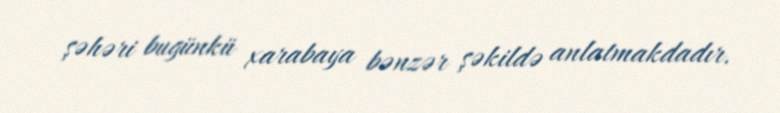
şəhəri bugünkü xarabaya bənzər şəkildə anlatmakdadır.